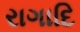
રાગાદિ